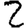
Digit: 2